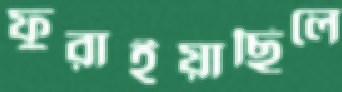
ফুরাইয়াছিলে